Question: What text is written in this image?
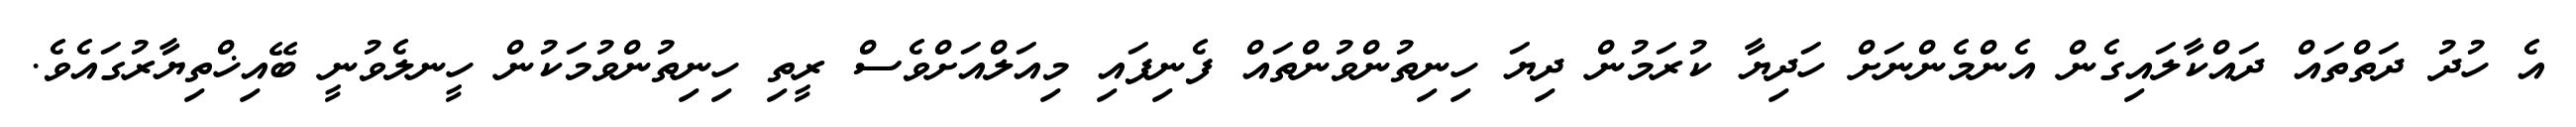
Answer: އެ ހުދު ދަތްތައް ދައްކާލައިގެން އެންމެންނަށް ހަދިޔާ ކުރަމުން ދިޔަ ހިނިތުންވުންތައް ފެނިފައި މިއަލްއަށްވެސް ރީތި ހިނިތުންވުމަކުން ހީނލެވުނީ ބޭއިޚްތިޔާރުގައެވެ.